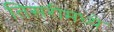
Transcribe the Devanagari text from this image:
तिसरीमध्ये